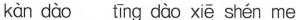
kàn dào tīng dào xiē shén me